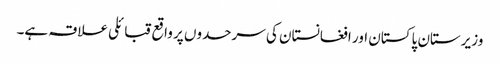
وزیرستان پاکستان اور افغانستان کی سرحدوں پر واقع قبائلی علاقہ ہے۔